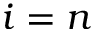
i = n